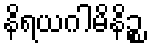
နိရယဂါမိနိဉ္စ